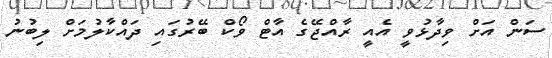
ސަން އަށް ވިދާޅުވީ އެއީ ރާއްޖޭގެ އާޓް ވޯކް ބޭރުގައި ދައްކާލުމަށް ލިބުނު